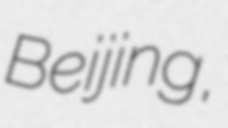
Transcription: Beijing,